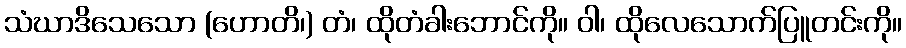
သံဃာဒိသေသော (ဟောတိ၊) တံ၊ ထိုတံခါးဘောင်ကို။ ဝါ၊ ထိုလေသောက်ပြူတင်းကို။